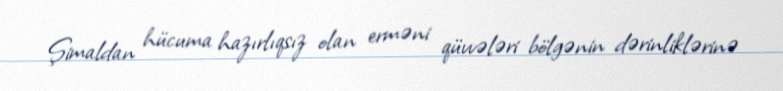
Şimaldan hücuma hazırlıqsız olan erməni qüvvələri bölgənin dərinliklərinə